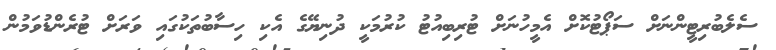
ސެލެބުރިޓީންނަށް ސަޕޯޓުކޮށް އެމީހުނަށް ޓުރިބިއުޓު ކުރުމަކީ ދުނިޔޭގެ އެކި ހިސާބުތަކުގައި ވަރަށް ޓުރެންޑުވަމުން